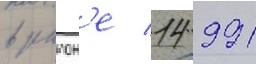
в раион'е 14 991